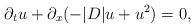
LaTeX: \begin{align*}\partial_tu+\partial_x(-|D|u+u^2)=0,\end{align*}